Annual administration report of the Civil Veterinary Department of India - 1897-1898
Year: 1897
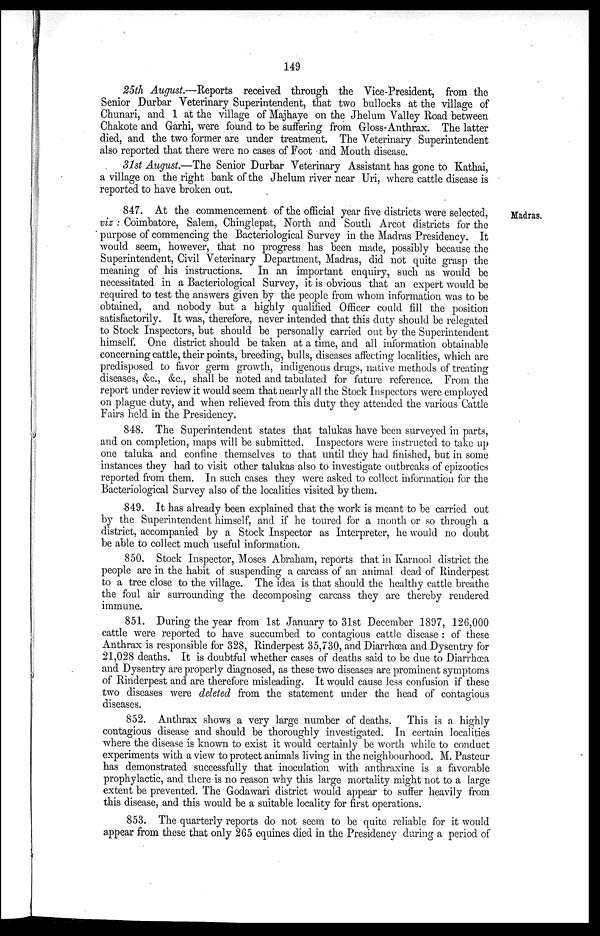
149
25th August.—Reports received through the Vice-President, from the
Senior Durbar Veterinary Superintendent, that two bullocks at the village of
Chunari, and 1 at the village of Majhaye on the Jhelum Valley Road between
Chakote and Garhi, were found to be suffering from Gloss-Anthrax. The latter
died, and the two former are under treatment. The Veterinary Superintendent
also reported that there were no cases of Foot and Mouth disease.
31st August.—The Senior Durbar Veterinary Assistant has gone to Kathai,
a village on the right bank of the Jhelum river near Uri, where cattle disease is
reported to have broken out.
Madras.
847. At the commencement of the official year five districts were selected,
viz: Coimbatore, Salem, Chinglepat, North and South Arcot districts for the
purpose of commencing the Bacteriological Survey in the Madras Presidency. It
would seem, however, that no progress has been made, possibly because the
Superintendent, Civil Veterinary Department, Madras, did not quite grasp the
meaning of his instructions. In an important enquiry, such as would be
necessitated in a Bacteriological Survey, it is obvious that an expert would be
required to test the answers given by the people from whom information was to be
obtained, and nobody but a highly qualified Officer could fill the position
satisfactorily. It was, therefore, never intended that this duty should be relegated
to Stock Inspectors, but should be personally carried out by the Superintendent
himself. One district should be taken at a time, and all information obtainable
concerning cattle, their points, breeding, bulls, diseases affecting localities, which are
predisposed to favor germ growth, indigenous drugs, native methods of treating
diseases, &c., &c., shall be noted and tabulated for future reference. From the
report under review it would seem that nearly all the Stock Inspectors were employed
on plague duty, and when relieved from this duty they attended the various Cattle
Fairs held in the Presidency.
848. The Superintendent states that talukas have been surveyed in parts,
and on completion, maps will be submitted. Inspectors were instructed to take up
one taluka and confine themselves to that until they had finished, but in some
instances they had to visit other talukas also to investigate outbreaks of epizootics
reported from them. In such cases they were asked to collect information for the
Bacteriological Survey also of the localities visited by them.
849. It has already been explained that the work is meant to be carried out
by the Superintendent himself, and if he toured for a month or so through a
district, accompanied by a Stock Inspector as Interpreter, he would no doubt
be able to collect much useful information.
850. Stock Inspector, Moses Abraham, reports that in Karnool district the
people are in the habit of suspending a carcass of an animal dead of Rinderpest
to a tree close to the village. The idea is that should the healthy cattle breathe
the foul air surrounding the decomposing carcass they are thereby rendered
immune.
851. During the year from 1st January to 31st December 1897, 126,000
cattle were reported to have succumbed to contagious cattle disease: of these
Anthrax is responsible for 328, Rinderpest 35,730, and Diarrhœa and Dysentry for
21,028 deaths. It is doubtful whether cases of deaths said to be due to Diarrhœa
and Dysentry are properly diagnosed, as these two diseases are prominent symptoms
of Rinderpest and are therefore misleading. It would cause less confusion if these
two diseases were deleted from the statement under the head of contagious
diseases.
852. Anthrax shows a very large number of deaths. This is a highly
contagious disease and should be thoroughly investigated. In certain localities
where the disease is known to exist it would certainly be worth while to conduct
experiments with a view to protect animals living in the neighbourhood. M. Pasteur
has demonstrated successfully that inoculation with anthraxine is a favorable
prophylactic, and there is no reason why this large mortality might not to a large
extent be prevented. The Godawari district would appear to suffer heavily from
this disease, and this would be a suitable locality for first operations.
853. The quarterly reports do not seem to be quite reliable for it would
appear from these that only 265 equines died in the Presidency during a period of